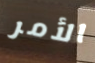
الأمر